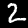
Digit: 2